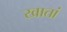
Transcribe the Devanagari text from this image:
खातां